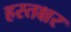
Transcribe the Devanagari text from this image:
हस्तक्षर